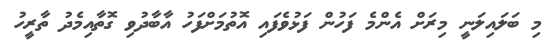
މި ބަލައިލަނީ މިރަށް އެންމެ ފަހުން ފަޅުވެފައި އޮތުމަށްފަހު އާބާދުވި ގޮތާއިމެދު ތާރީހު